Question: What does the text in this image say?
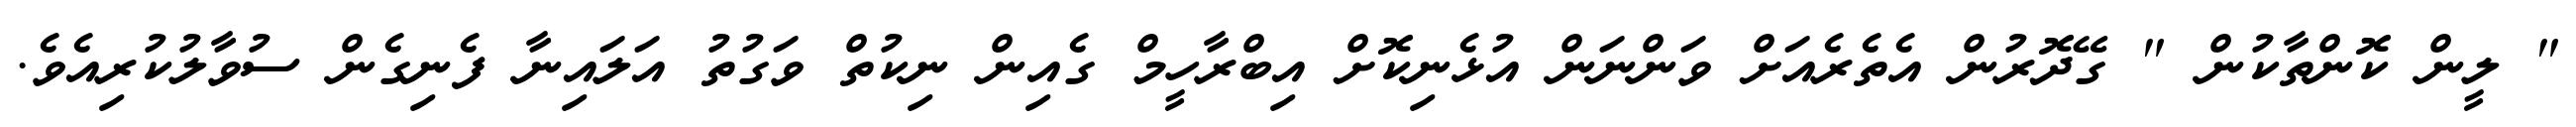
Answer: " ލީން ކޮންތާކުން " ގޭދޮރުން އެތެރެއަށް ވަންނަން އުޅެނިކޮށް އިބްރާހީމް ގެއިން ނިކުތް ވަގުތު އަލައިނާ ފެނިގެން ސުވާލުކުރިއެވެ.